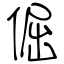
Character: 倔